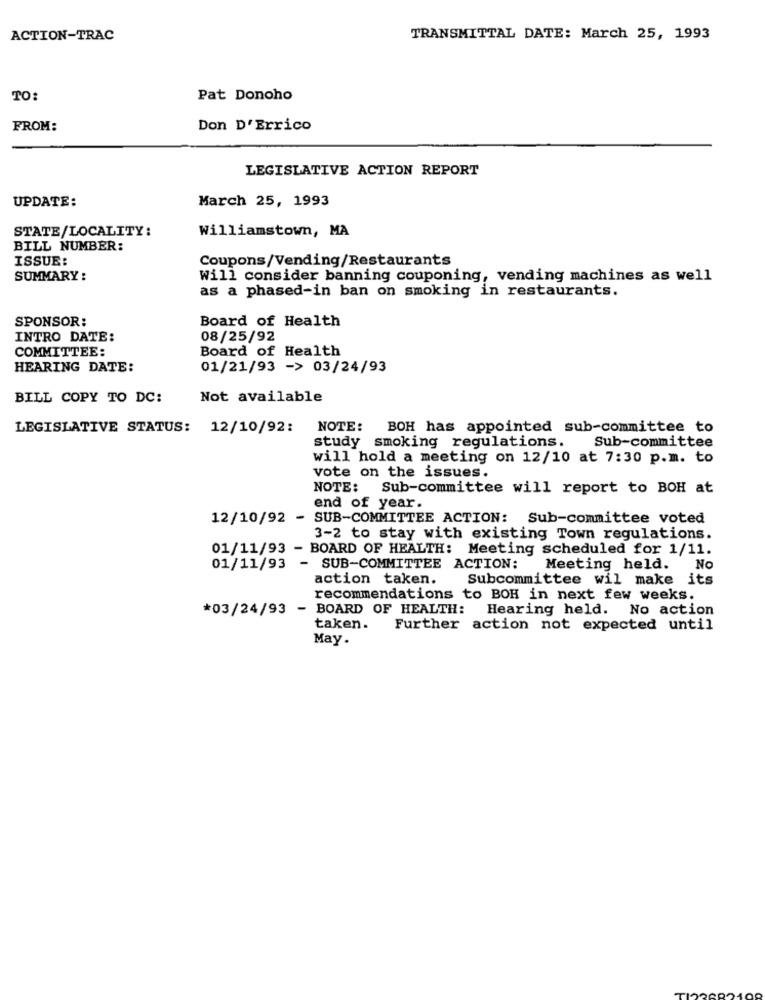
ACTION-TRAC
TRANSMITTAL DATE: March 25, 1993
TO:
Pat Donoho
FROM:
Don D'Errico
LEGISLATIVE ACTION REPORT
UPDATE:
March 25, 1993
STATE/LOCALITY:
Williamstown, MA
BILL NUMBER:
ISSUE:
Coupons/Vending/Restaurants
SUMMARY :
Will consider banning couponing, vending machines as well
as a phased-in ban on smoking in restaurants.
SPONSOR:
Board of Health
INTRO DATE:
08/25/92
COMMITTEE:
Board of Health
HEARING DATE:
01/21/93 -> 03/24/93
BILL COPY TO DC:
Not available
LEGISLATIVE STATUS: 12/10/92:
NOTE:
BOH has appointed sub-committee to
study smoking regulations.
Sub-committee
will hold a meeting on 12/10 at 7:30 p.m. to
vote on the issues.
NOTE: Sub-committee will report to BOH at
end of year.
12/10/92
SUB-COMMITTEE ACTION: Sub-committee voted
3-2 to stay with existing Town regulations.
01/11/93 - BOARD OF HEALTH: Meeting scheduled for 1/11.
01/11/93 - SUB-COMMITTEE ACTION: Meeting held.
No
action taken.
Subcommittee wil make its
recommendations to BOH in next few weeks.
*03/24/93 - BOARD OF HEALTH: Hearing held. No action
taken.
Further action not expected until
May.